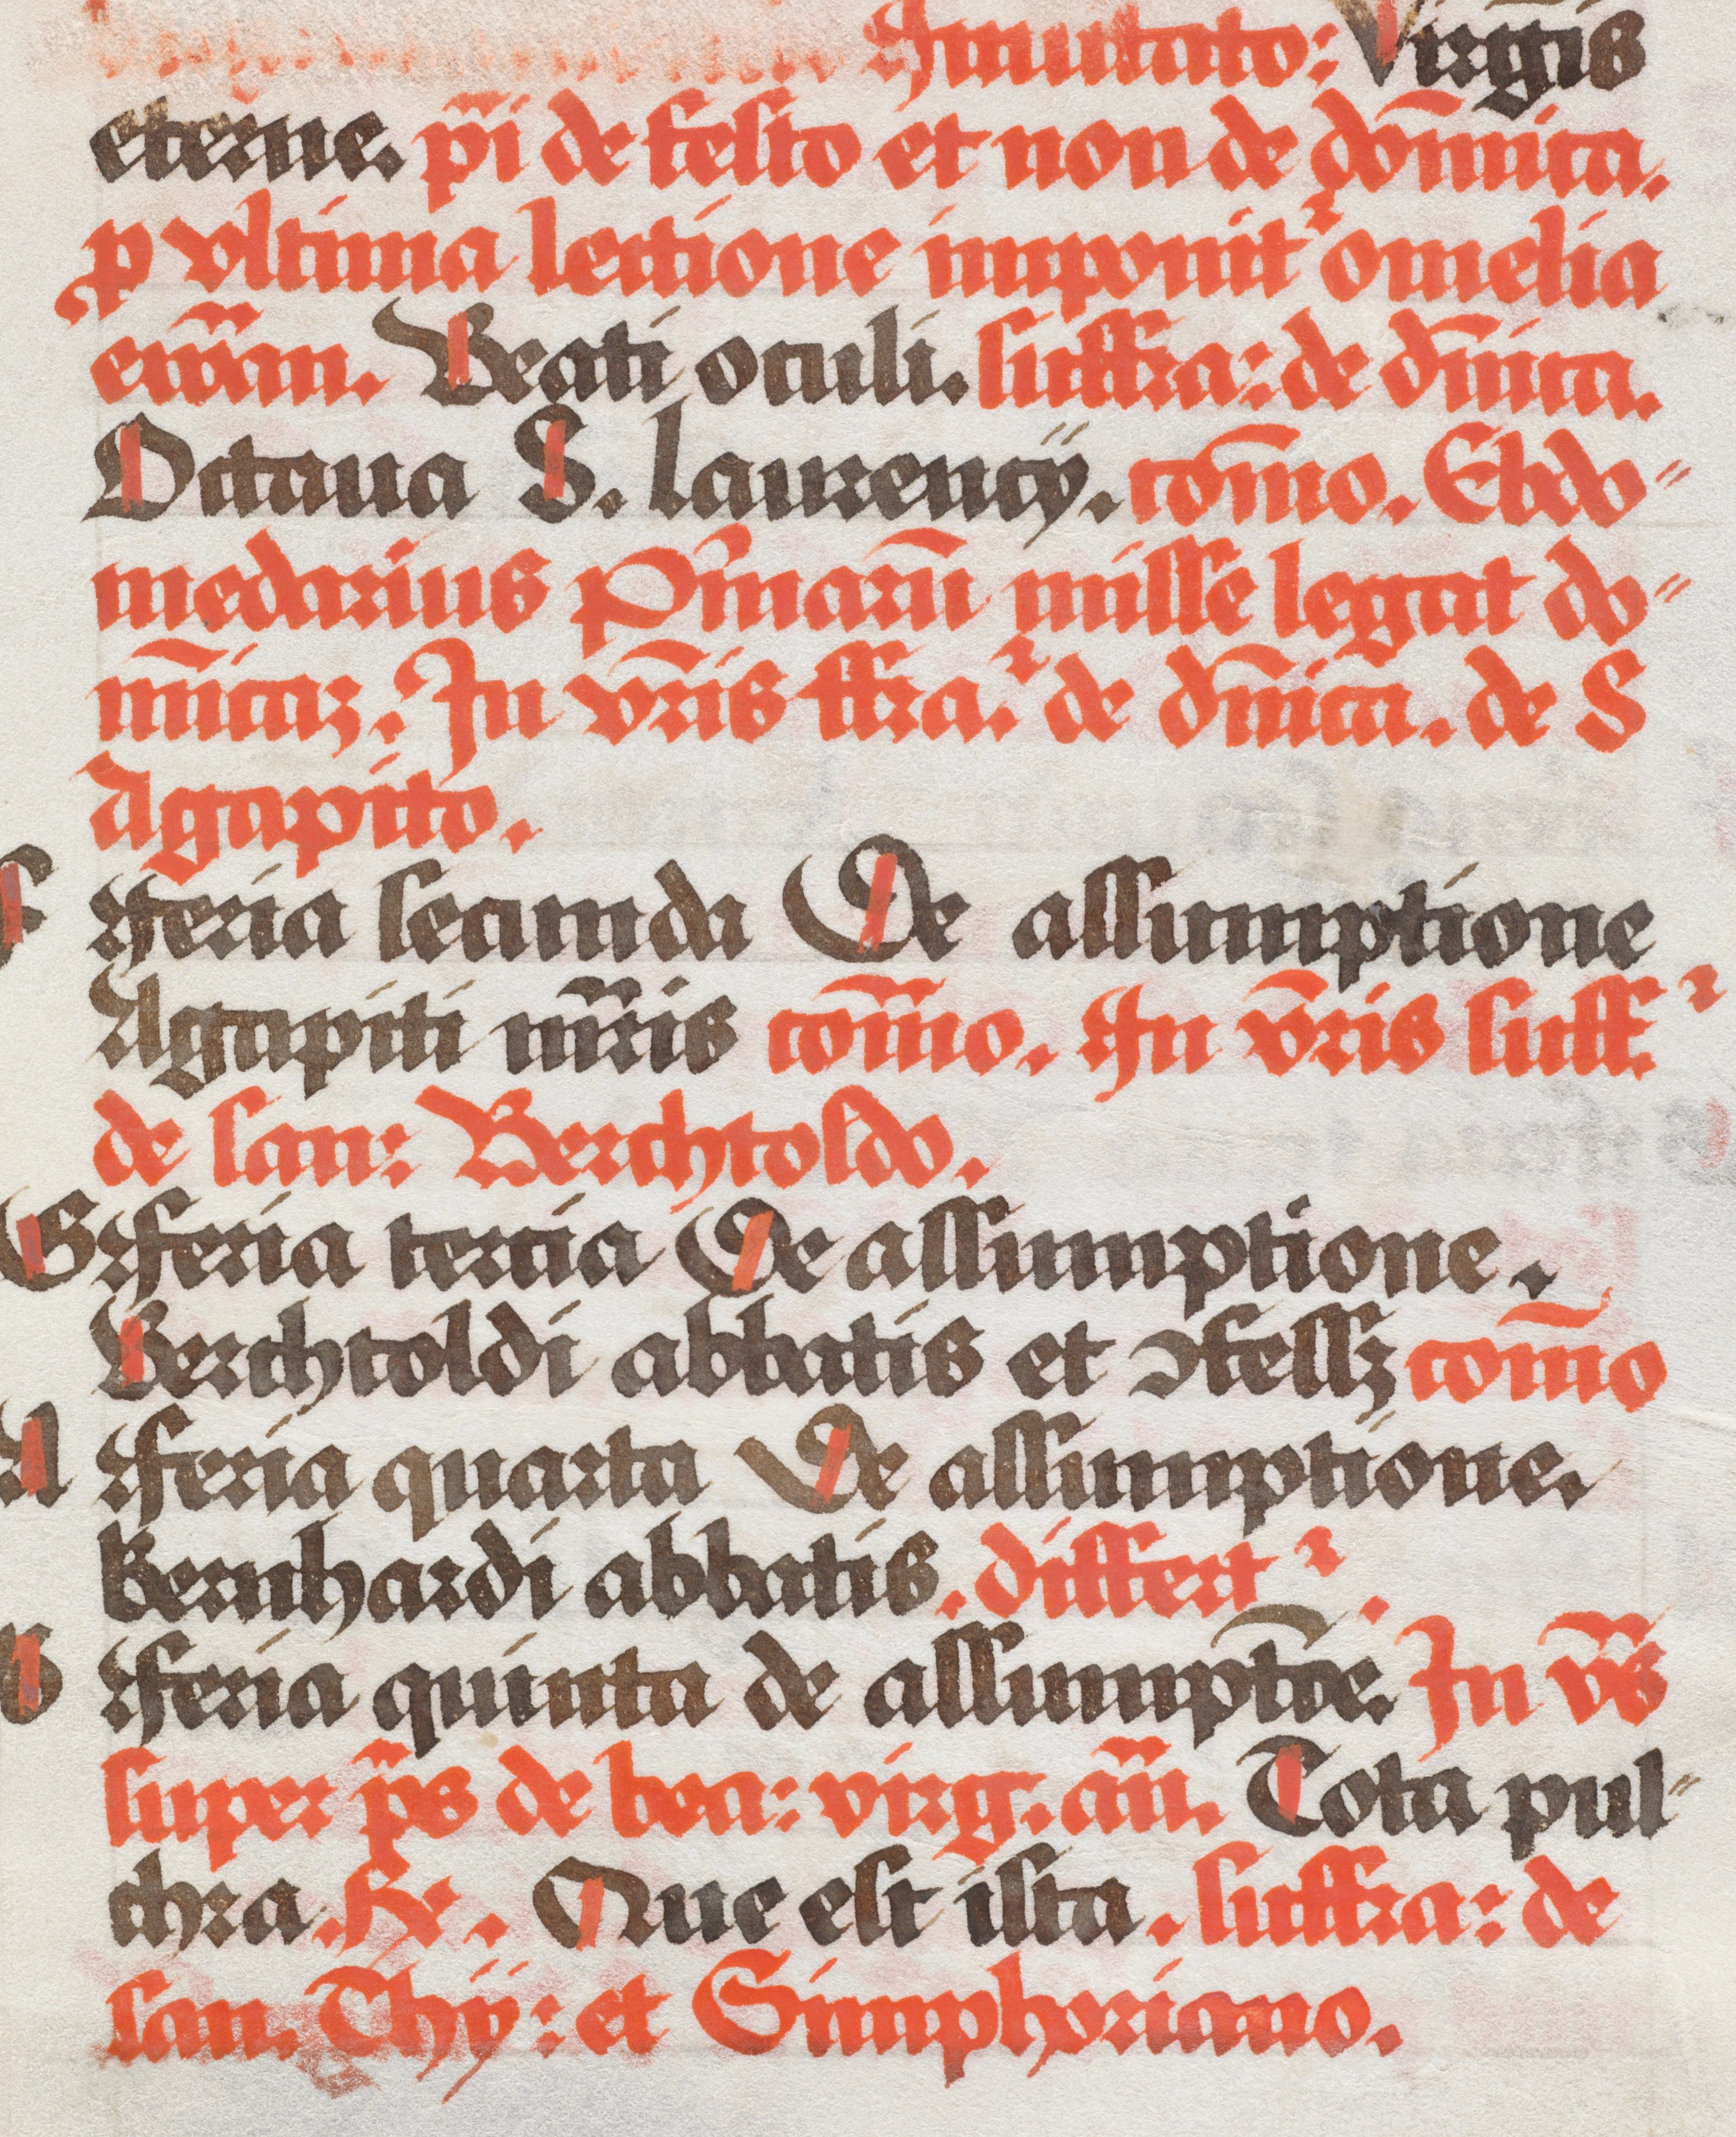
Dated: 1490–1535